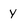
Character: y